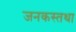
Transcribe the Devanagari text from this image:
जनकस्तथा